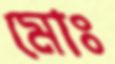
মোঃ